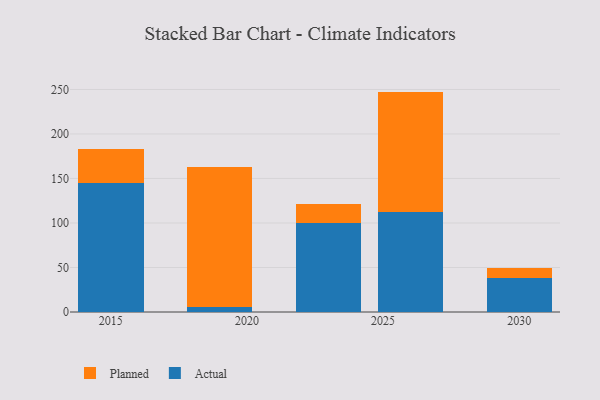
{"axis": {"x": "Year", "y": "Inventory Turnover"}, "legend": ["Actual", "Planned"], "data": [{"x": "2019", "y": 5.2, "type": "Actual"}, {"x": "2019", "y": 158.1, "type": "Planned"}, {"x": "2030", "y": 38.0, "type": "Actual"}, {"x": "2030", "y": 11.9, "type": "Planned"}, {"x": "2015", "y": 145.4, "type": "Actual"}, {"x": "2015", "y": 38.0, "type": "Planned"}, {"x": "2026", "y": 112.0, "type": "Actual"}, {"x": "2026", "y": 135.6, "type": "Planned"}, {"x": "2023", "y": 99.8, "type": "Actual"}, {"x": "2023", "y": 21.7, "type": "Planned"}]}